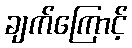
ချက်ကြောင့်